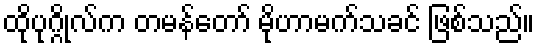
ထိုပုဂ္ဂိုလ်က တမန်တော် မိုဟာမက်သခင် ဖြစ်သည်။